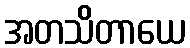
အတသိတာယေ